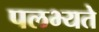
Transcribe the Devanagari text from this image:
पलभ्यते